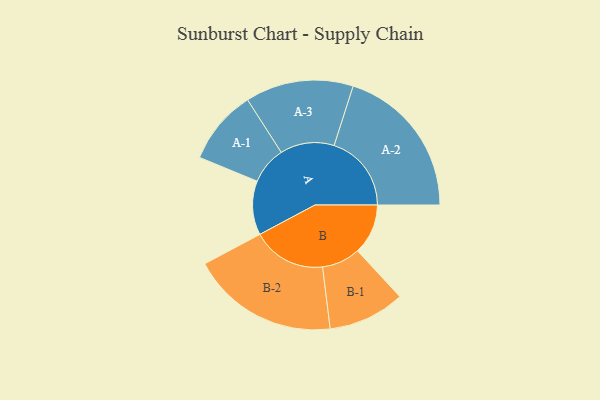
{"axis": {"x": "Segment", "y": "Value"}, "legend": ["", "A", "B"], "data": [{"x": "A", "y": 169, "type": ""}, {"x": "B", "y": 158, "type": ""}, {"x": "A-1", "y": 117, "type": "A"}, {"x": "A-2", "y": 242, "type": "A"}, {"x": "A-3", "y": 169, "type": "A"}, {"x": "B-1", "y": 120, "type": "B"}, {"x": "B-2", "y": 231, "type": "B"}]}